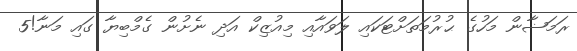
ރަމަޟާން މަހުގެ ޙުރުމަތަށްޓަކައި ލަވައާއި މިއުޒިކް އަދި ނެށުން ގެމްބިޔާ ގައި މަނާ!5